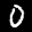
Label: 0